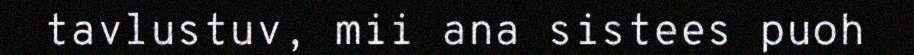
tavlustuv, mii ana sistees puoh